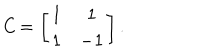
{ \it C } = \left[ \begin{array} { c c c c c c c c } { { 1 } } & { { 1 } } \\ { { 1 } } & { { - 1 } } \\ \end{array} \right] .